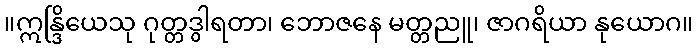
။ဣန္ဒြိယေသု ဂုတ္တဒွါရတာ၊ ဘောဇနေ မတ္တညူ၊ ဇာဂရိယာ နုယောဂ။